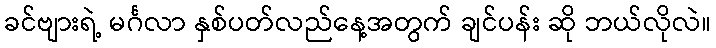
ခင်ဗျားရဲ့ မင်္ဂလာ နှစ်ပတ်လည်နေ့အတွက် ချင်ပန်း ဆို ဘယ်လိုလဲ။